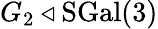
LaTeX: G_{2}\triangleleft\mathrm{SGal}(3)